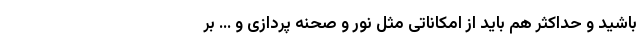
باشید و حداکثر هم باید از امکاناتی مثل نور و صحنه پردازی و ... بر